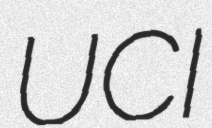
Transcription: UCI